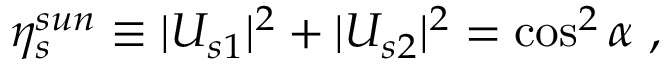
\eta _ { s } ^ { s u n } \equiv | U _ { s 1 } | ^ { 2 } + | U _ { s 2 } | ^ { 2 } = \cos ^ { 2 } \alpha ~ ,